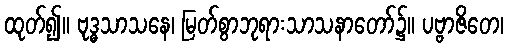
ထုတ်၍။ ဗုဒ္ဓသာသနေ၊ မြတ်စွာဘုရားသာသနာတော်၌။ ပဗ္ဗာဇိတေ၊